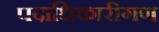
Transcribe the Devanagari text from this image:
पदाधिकारीगण